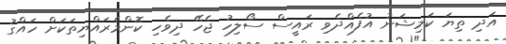
އަދި ތިޔަ ކަމިޝަނު އުފެއްދެވި ރައީސް ސޯލިހު ޖެހޭ ދިވެހި ކޮންމެރައްޔިތަކަށް ހައްގު